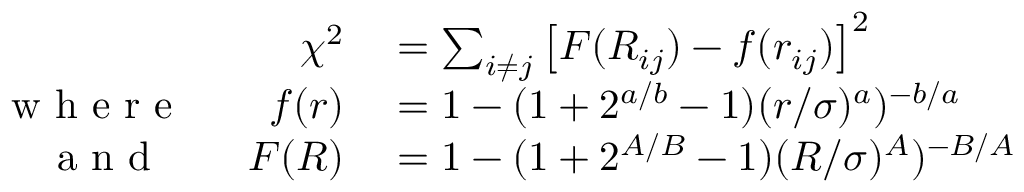
\begin{array} { r l } { \chi ^ { 2 } } & { { } = \sum _ { i \ne j } \left[ F ( R _ { i j } ) - f ( r _ { i j } ) \right] ^ { 2 } } \\ { \textrm { w h e r e } \qquad f ( r ) } & { { } = 1 - ( 1 + 2 ^ { a / b } - 1 ) ( r / \sigma ) ^ { a } ) ^ { - b / a } } \\ { \textrm { a n d } \qquad F ( R ) } & { { } = 1 - ( 1 + 2 ^ { A / B } - 1 ) ( R / \sigma ) ^ { A } ) ^ { - B / A } } \end{array}